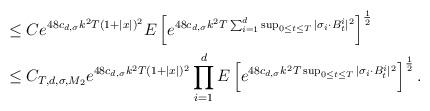
LaTeX: \begin{align*} &\leq C e^{48c_{d,\sigma}k^2T(1+|x|)^2} E\left[e^{48c_{d,\sigma}k^2T\sum_{i=1}^d \sup_{0\leq t\leq T}|\sigma_i\cdot B^i_t|^2}\right]^{\frac{1}{2}}\\ &\leq C_{T,d,\sigma,M_2} e^{48c_{d,\sigma}k^2T(1+|x|)^2} \prod_{i=1}^{d} E\left[e^{48c_{d,\sigma}k^2T\sup_{0\leq t\leq T}|\sigma_i\cdot B^i_t|^2}\right]^{\frac{1}{2}}. \end{align*}